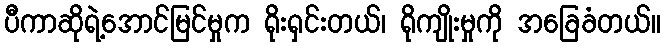
ပီကာဆိုရဲ့အောင်မြင်မှုက ရိုးရှင်းတယ်၊ ရိုကျိုးမှုကို အခြေခံတယ်။